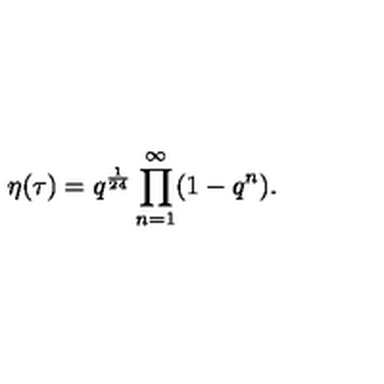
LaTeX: \eta ( \tau ) = q ^ { \frac { 1 } { 2 4 } } \prod _ { n = 1 } ^ { \infty } ( 1 - q ^ { n } ) .